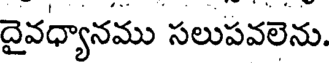
దైవధ్యానము సలుపవలెను.